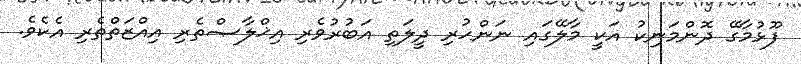
ފޫޅުމާގޭ ދޮންމަނިކު އަކީ މާލޭގައި ނަންހުރި ދީލަތި އަބުރުވެރި އިޚްލާޞްތެރި އިއްޒަތްތެރި އެކެވެ.